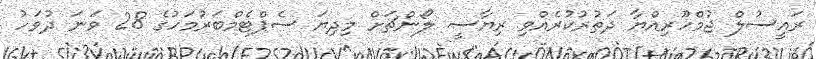
ރައީސުލް ޖުމްހޫރިއްޔާ ދަތުރުކުރެއްވި ރިޔާސީ ލޯންޗަށް މިދިޔަ ސެޕްޓެމްބަރުމަހުގެ 28 ވަނަ ދުވަހު